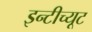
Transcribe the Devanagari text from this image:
इन्टीच्यूट